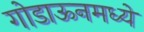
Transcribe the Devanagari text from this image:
गोडाऊनमध्ये